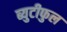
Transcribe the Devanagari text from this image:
ब्युटीफुल